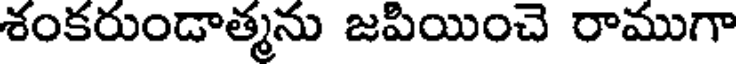
శంకరుండాత్మను జపియించె రాముగా